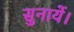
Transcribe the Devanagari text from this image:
सुनायें।